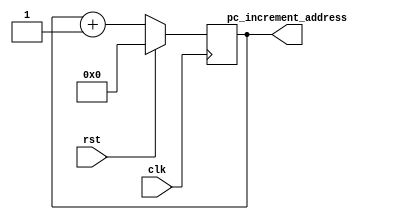
// =============================================================================
// -----------------------------------------------------------------------------
// This file include the program counter for RISC.
// =============================================================================
`timescale 1ns / 1ps

module pc(
	output reg [7:0] pc_increment_address,	// instruction for 16 bit
	
	input wire clk,
	input wire rst
);


always@(posedge clk)begin
	if (rst) begin
		pc_increment_address <= 8'b0000_0000;
	end else begin
		pc_increment_address <= pc_increment_address + 8'b0000_0001;
	end
end
endmodule